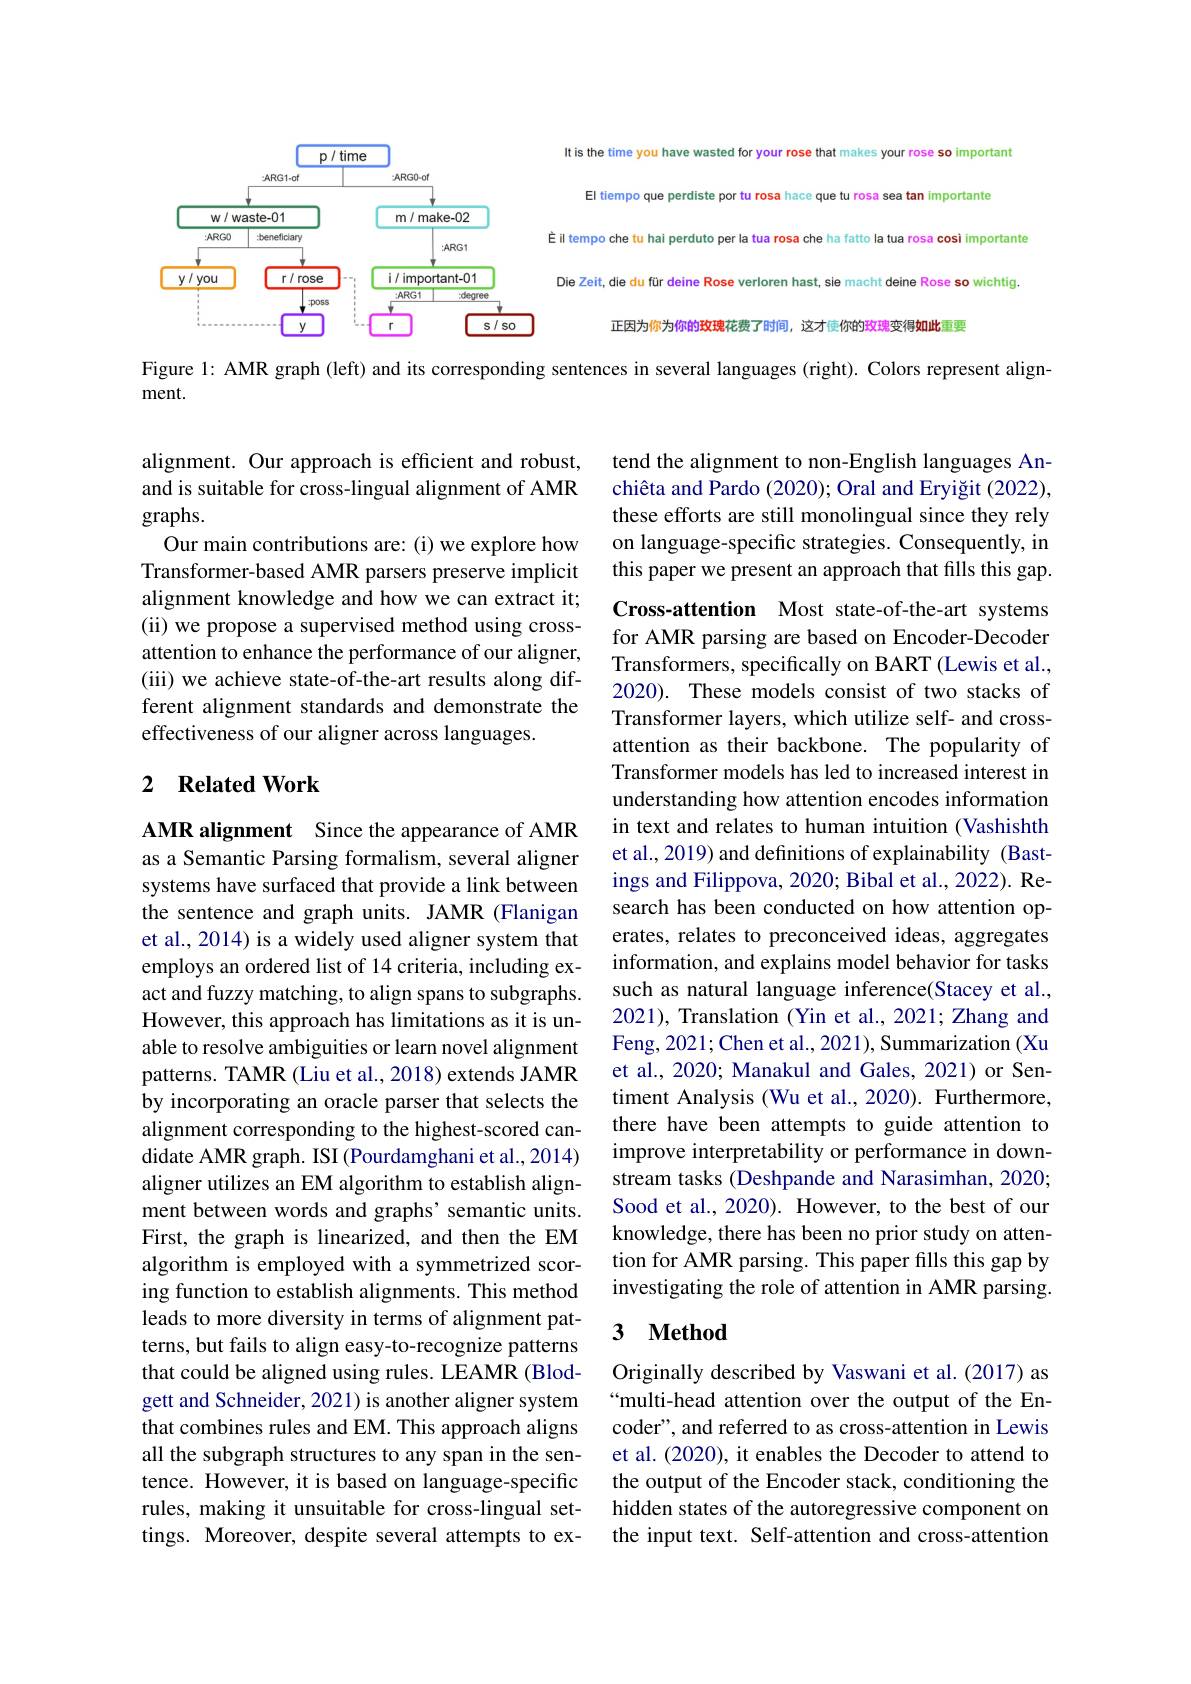
<FigureHere>

Figure 1: AMR graph (left) and its corresponding sentences in several languages (right). Colors represent align-

ment.

tend the alignment to non-English languages Anchiêta and Pardo (2020); Oral and Eryiğit (2022), these efforts are still monolingual since they rely on language-specific strategies. Consequently, in this paper we present an approach that fills this gap.

alignment. Our approach is efficient and robust, and is suitable for cross-lingual alignment of AMR graphs.
Our main contributions are: (i) we explore how Transformer-based AMR parsers preserve implicit alignment knowledge and how we can extract it; (ii) we propose a supervised method using crossattention to enhance the performance of our aligner, (iii) we achieve state-of-the-art results along different alignment standards and demonstrate the effectiveness of our aligner across languages.

### 2 $\textbf{Related Work}$

Cross-attention Most state-of-the-art systems for AMR parsing are based on Encoder-Decoder Transformers, specifically on BART (Lewis et al., 2020). These models consist of two stacks of Transformer layers, which utilize self- and crossattention as their backbone. The popularity of Transformer models has led to increased interest in understanding how attention encodes information in text and relates to human intuition (Vashishth et al., 2019) and definitions of explainability (Bastings and Filippova, 2020; Bibal et al., 2022). Research has been conducted on how attention operates, relates to preconceived ideas, aggregates information, and explains model behavior for tasks such as natural language inference(Stacey et al., 2021), Translation (Yin et al., 2021; Zhang and Feng, 2021; Chen et al., 2021), Summarization (Xu et al., 2020; Manakul and Gales, 2021) or Sentiment Analysis (Wu et al., 2020). Furthermore, there have been attempts to guide attention to improve interpretability or performance in downstream tasks (Deshpande and Narasimhan, 2020; Sood et al., 2020). However, to the best of our knowledge, there has been no prior study on attention for AMR parsing. This paper fills this gap by investigating the role of attention in AMR parsing. 3 $\textbf{Method}$

AMR alignment Since the appearance of AMR as a Semantic Parsing formalism, several aligner systems have surfaced that provide a link between the sentence and graph units. JAMR (Flanigan et al., 2014) is a widely used aligner system that employs an ordered list of 14 criteria, including exact and fuzzy matching, to align spans to subgraphs. However, this approach has limitations as it is unable to resolve ambiguities or learn novel alignment patterns. TAMR (Liu et al., 2018) extends JAMR by incorporating an oracle parser that selects the alignment corresponding to the highest-scored candidate AMR graph. ISI (Pourdamghani et al., 2014) aligner utilizes an EM algorithm to establish alignment between words and graphs' semantic units. First, the graph is linearized, and then the EM algorithm is employed with a symmetrized scoring function to establish alignments. This method leads to more diversity in terms of alignment patterns, but fails to align easy-to-recognize patterns that could be aligned using rules. LEAMR (Blodgett and Schneider, 2021) is another aligner system that combines rules and EM. This approach aligns all the subgraph structures to any span in the sentence. However, it is based on language-specific rules, making it unsuitable for cross-lingual settings. Moreover, despite several attempts to ex-

Originally described by Vaswani et al.(2017) as “multi-head attention over the output of the Encoder", and referred to as cross-attention in Lewis et al. (2020), it enables the Decoder to attend to the output of the Encoder stack, conditioning the hidden states of the autoregressive component on the input text. Self-attention and cross-attention